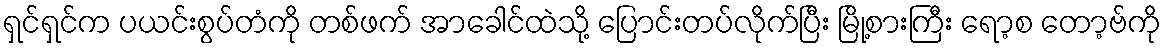
ရှင်ရှင်က ပယင်းစွပ်တံကို တစ်ဖက် အာခေါင်ထဲသို့ ပြောင်းတပ်လိုက်ပြီး မြို့စားကြီး ရော့စ တော့ဗ်ကို